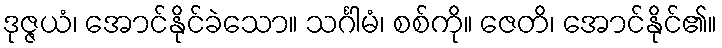
ဒုဇ္ဇယံ၊ အောင်နိုင်ခဲသော။ သင်္ဂါမံ၊ စစ်ကို။ ဇေတိ၊ အောင်နိုင်၏။